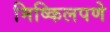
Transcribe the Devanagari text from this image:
मिष्किलपणे